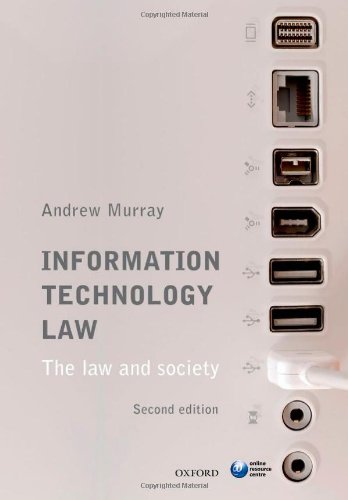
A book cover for Information Technology Law: The Law and Society; Andrew Murray; Law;